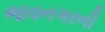
ભાવનગરની